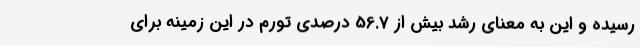
رسیده و این به معنای رشد بیش از 56.7 درصدی تورم در این زمینه برای